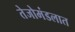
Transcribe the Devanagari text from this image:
तेजोमंडलात